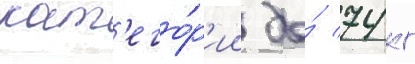
кат'его́р'ии до́ 74 кг